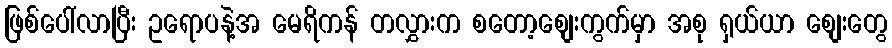
ဖြစ်ပေါ်လာပြီး ဥရောပနဲ့အ မေရိကန် တလွှားက စတော့စျေးကွက်မှာ အစု ရှယ်ယာ စျေးတွေ